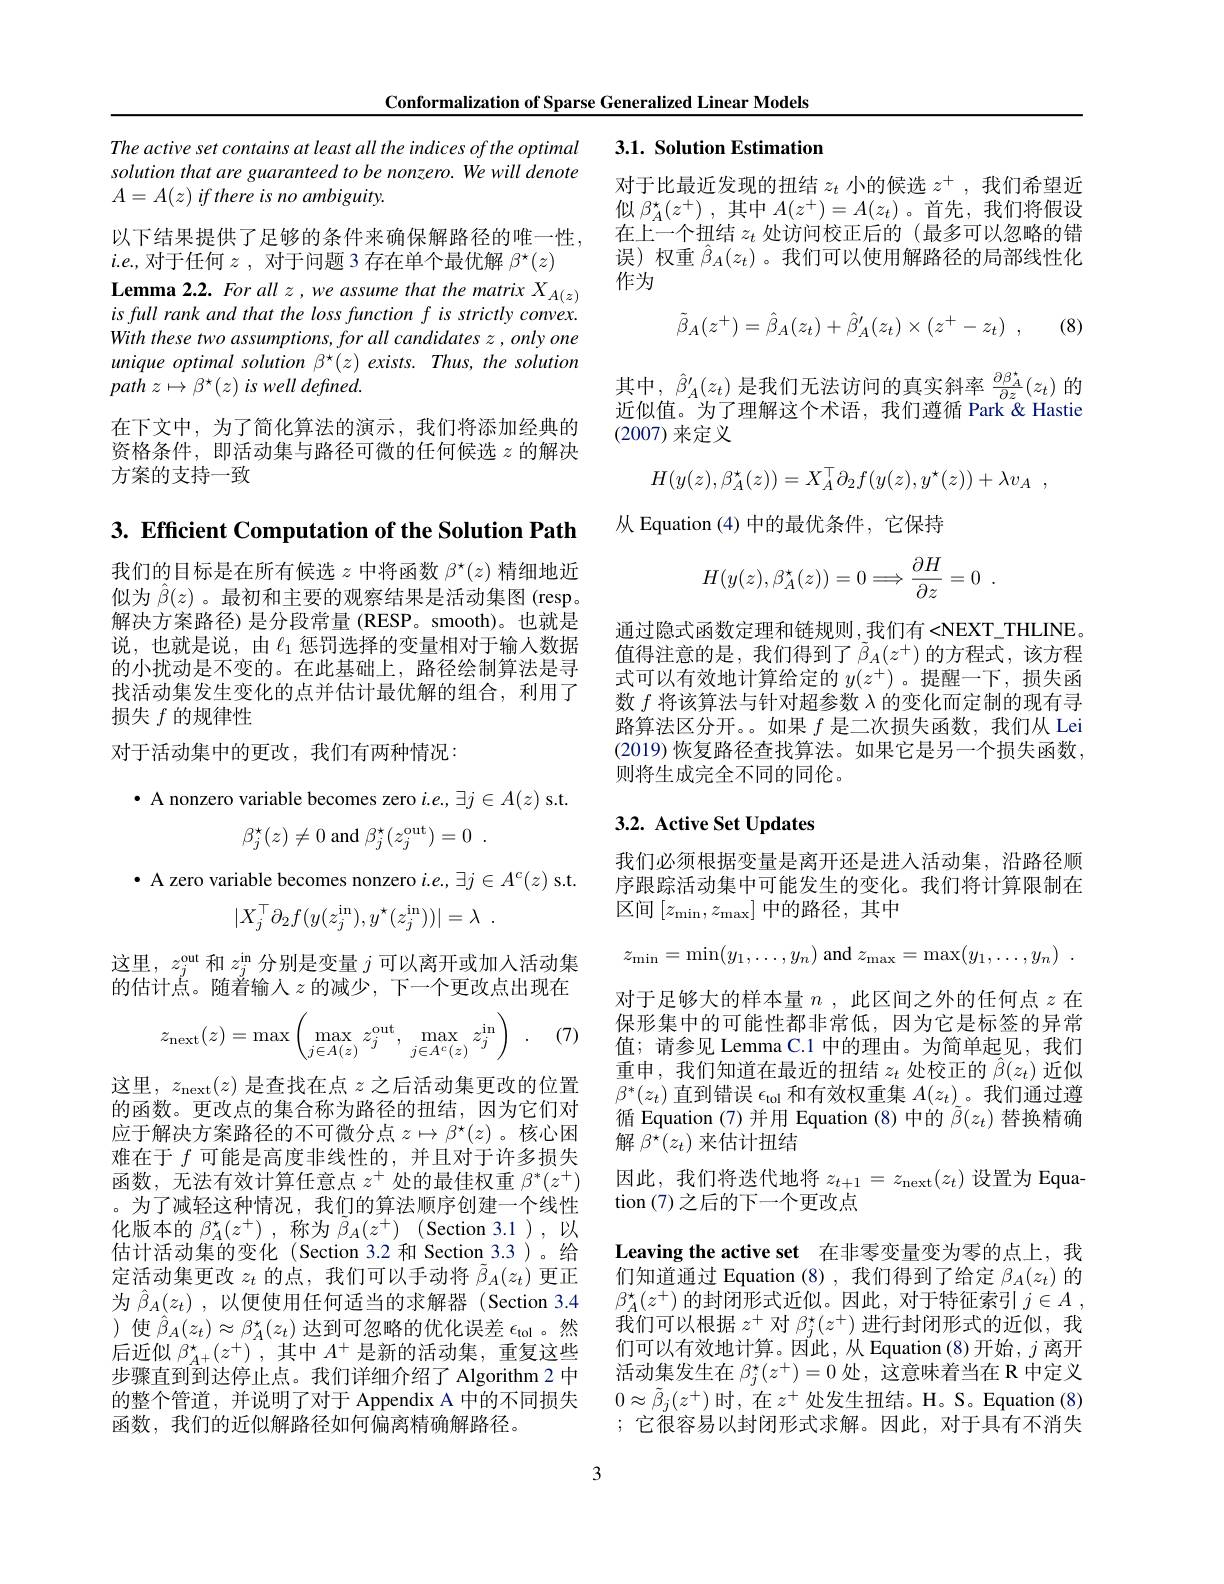
Conformalization of Sparse Generalized Linear Models

## The active set contains at least all the indices of the optimal 3.1. Solution Estimation

对于比最近发现的扭结$z_t$小的候选$z^+$,我们希望近似$\beta _A^\star ( z^+ )$ ,其中$A(z^+)=A(z_t)$ 。首先，我们将假设在上一个扭结$z_t$处访问校正后的 (最多可以忽略的错误)权重$\hat{\beta}_A(z_t)$。我们可以使用解路径的局部线性化作为

solution that are guaranteed to be nonzero. We will denote
$A= A( z) \textit{if there is no ambiguity. }$
以下结果提供了足够的条件来确保解路径的唯一性，
$i.e.$,对于任何$z$ ,对于问题 3 存在单个最优解 $\beta^\star(z)$ Lemma 2.2. For all z, we assume that the matrix $X_{A(z)}$ is full rank and that the loss function f is strictly convex. With these two assumptions, for all candidates z , only one unique optimal solution $\beta^\star(z)$ exists. Thus, the solution path $z\mapsto \beta ^{\star }( z)$ $is$ well $defined.$
在下文中，为了简化算法的演示，我们将添加经典的资格条件，即活动集与路径可微的任何候选$z$的解决
$$\tilde{\beta}_{A}(z^{+})=\hat{\beta}_{A}(z_{t})+\hat{\beta}_{A}^{\prime}(z_{t})\times(z^{+}-z_{t})\:,$$
(8)

其中，$\hat{\beta}_A^{\prime}(z_t)$是我们无法访问的真实斜率$\frac\partial\beta_A^*{\partial z}(z_t)$的近似值。为了理解这个术语，我们遵循 Park&Hastie (2007)来定义

方案的支持一致
$$H(y(z),\beta_A^\star(z))=X_A^\top\partial_2f(y(z),y^\star(z))+\lambda v_A\:,$$
从 Equation (4)中的最优条件，它保持

3. Efficient Computation of the Solution Path
$$H(y(z),\beta_A^\star(z))=0\Longrightarrow\frac{\partial H}{\partial z}=0\:.$$
我们的目标是在所有候选$z$中将函数$\beta^\star(z)$精细地近似为$\hat{\beta}(z)$。最初和主要的观察结果是活动集图(resp。解决方案路径) 是分段常量 (RESP。smooth)。也就是说，也就是说，由$\ell_1$惩罚选择的变量相对于输人数据的小扰动是不变的。在此基础上，路径绘制算法是寻找活动集发生变化的点并估计最优解的组合，利用了损失$f$的规律性
对于活动集中的更改，我们有两种情况：

通过隐式函数定理和链规则，我们有<NEXT_THLINE 值得注意的是，我们得到了$\tilde{\beta}_A(z^+)$的方程式，该方程式可以有效地计算给定的$y(z^+)$ 。提醒一下，损失函数$f$将该算法与针对超参数$\lambda$的变化而定制的现有寻路算法区分开。。如果$f$是二次损失函数，我们从 Lei (2019)恢复路径查找算法。如果它是另一个损失函数， 则将生成完全不同的同伦。

## 3.2. Active Set Updates

$\bullet$ A nonzero variable becomes zero $i.e.,\exists j\in A(z)$ s.t.
$$\beta_{j}^{\star}(z)\neq0\:\mathrm{and}\:\beta_{j}^{\star}(z_{j}^{\mathrm{out}})=0\:.$$
$\bullet$ A zero variable becomes nonzero $i.e.,\exists j\in A^c(z)$ s.t.
$$|X_j^\top\partial_2f(y(z_j^\mathrm{in}),y^\star(z_j^\mathrm{in}))|=\lambda\:.$$
这里，$z_j^\mathrm{out}$和$z_j^\mathrm{in}$分别是变量$j$可以离开或加入活动集的估计点。随着输入$z$的减少，下一个更改点出现在

(7)
$$z_{\text{next}}(z)=\max\begin{pmatrix}\max_{j\in A(z)}z_j^{\text{out}},\max_{j\in A^c(z)}z_j^{\text{in}}\end{pmatrix}\:.$$
我们必须根据变量是离开还是进入活动集，沿路径顺序跟踪活动集中可能发生的变化。我们将计算限制在区间$\left[z_{\mathrm{min}},z_{\mathrm{max}}\right]$中的路径，其中
$$z_{\min}=\min(y_1,\dots,y_n)\text{and}z_{\max}=\max(y_1,\dots,y_n)\:.$$
对于足够大的样本量$n$ ,此区间之外的任何点$z$在保形集中的可能性都非常低，因为它是标签的异常值；请参见 Lemma C.1 中的理由。为简单起见，我们重申，我们知道在最近的扭结$z_t$处校正的$\hat{\beta}(z_t)$近似$\beta^*(z_t)$直到错误$\epsilon_\mathrm{tol}$和有效权重集$A(z_t)$。我们通过遵循 Equation (7)并用 Equation (8)中的$\tilde{\beta}(z_t)$替换精确解$\beta^{\bar{\star}}(z_t)$来估计扭结
因此，我们将迭代地将$z_t+1=z_{\mathrm{next}}(z_t)$设置为 Equa-
tion (7)之后的下一个更改点
Leaving the active set 在非零变量变为零的点上，我们知道通过 Equation (8), 我们得到了给定$\beta_A(z_t)$的$\beta_A^\star(z^+)$的封闭形式近似。因此，对于特征索引$j\in A$ , 我们可以根据$z^+$对$\beta_j^\star(z^+)$进行封闭形式的近似，我们可以有效地计算。因此，从 Equation (8) 开始，$j$离开活动集发生在$\beta_j^\star(z^+)=0$处，这意味着当在 R 中定义$0\approx\tilde{\beta}_j(z^+)$时，在$z^+$处发生扭结。H。S。Equation (8) ;它很容易以封闭形式求解。因此，对于具有不消失

这里，$z_\mathrm{next}(z)$是查找在点$z$之后活动集更改的位置的函数。更改点的集合称为路径的扭结，因为它们对应于解决方案路径的不可微分点$z\mapsto\beta^\star(z)$ 。核心困难在于$f$可能是高度非线性的，并且对于许多损失函数，无法有效计算任意点$z^+$处的最佳权重$\beta^*(z^+)$ 。为了减轻这种情况，我们的算法顺序创建一个线性化版本的$\beta_A^\star(z^+)$ ,称为$\tilde{\beta } _A( z^+ )$ (Section 3.1 ),以估计活动集的变化(Section 3.2 和 Section 3.3)。给定活动集更改$z_t$的点，我们可以手动将$\tilde{\beta}_A(z_t)$更正为$\hat{\beta } _A( z_t)$ ,以便使用任何适当的求解器 (Section 3.4 ) 使$\hat{\beta}_A(z_t)\approx\beta_A^*(z_t)$达到可忽略的优化误差$\epsilon_\mathrm{tol}$。然后近似$\beta_{A^+}^*(z^+)$ ,其中$A^+$是新的活动集，重复这些步骤直到到达停止点。我们详细介绍了 Algorithm 2 中的整个管道，并说明了对于 Appendix A 中的不同损失函数，我们的近似解路径如何偏离精确解路径。

3